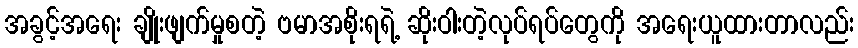
အခွင့်အရေး ချိုးဖျက်မှုစတဲ့ ဗမာအစိုးရရဲ့ ဆိုးဝါးတဲ့လုပ်ရပ်တွေကို အရေးယူထားတာလည်း